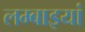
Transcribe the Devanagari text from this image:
लम्बाइयां